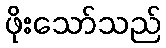
ဖိုးသော်သည်